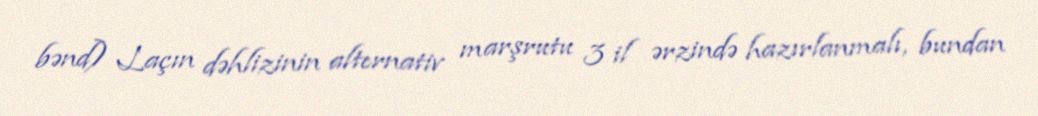
bənd) Laçın dəhlizinin alternativ marşrutu 3 il ərzində hazırlanmalı, bundan